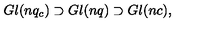
G l ( n q _ { c } ) \supset G l ( n q ) \supset G l ( n c ) ,